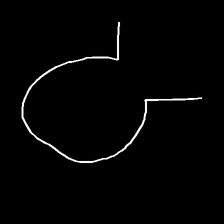
Glyph: weave